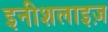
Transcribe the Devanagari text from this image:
इनीशलाइज़